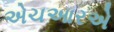
એચઆરએ